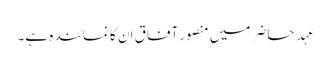
عہدِ حاضر میں منصور آفاق ان کا نمائندہ ہے۔